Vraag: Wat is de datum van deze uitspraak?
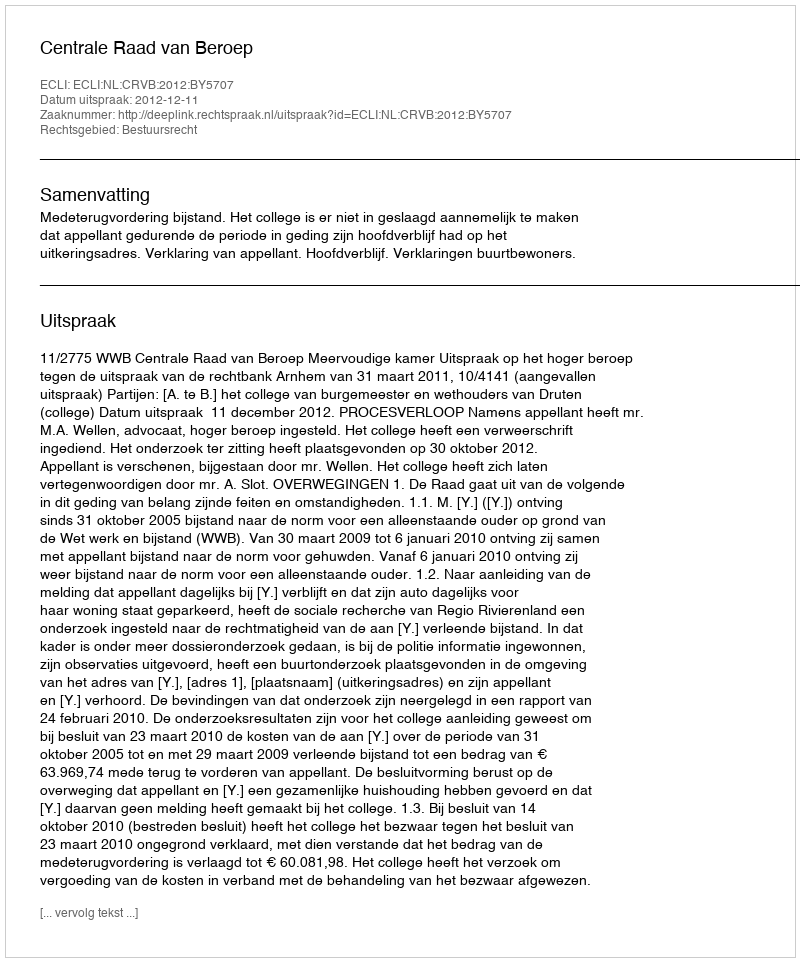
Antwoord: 2012-12-11